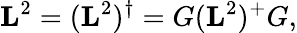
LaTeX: \mathbf{L}^{2}=(\mathbf{L}^{2})^{\dagger}=G(\mathbf{L}^{2})^{+}G,